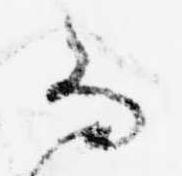
な